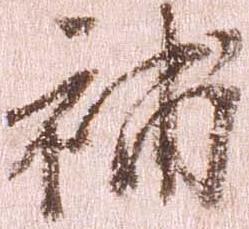
補